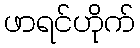
ဖာရင်ဟိုက်